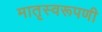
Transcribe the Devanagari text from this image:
मातृस्वरूपणी